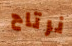
نرتاح